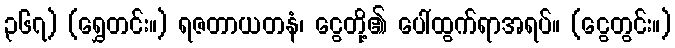
၃၆၇) (ရွှေတင်း။) ရဇတာယတနံ၊ ငွေတို့၏ ပေါ်ထွက်ရာအရပ်။ (ငွေတွင်း။)